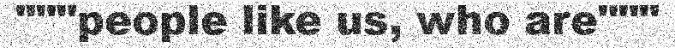
"""people like us, who are"""